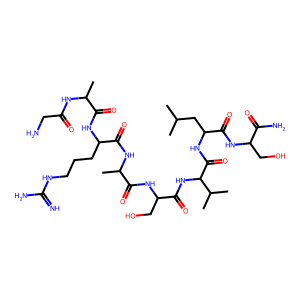
SMILES: CC(C)CC(NC(=O)C(NC(=O)C(CO)NC(=O)C(C)NC(=O)C(CCCNC(=N)N)NC(=O)C(C)NC(=O)CN)C(C)C)C(=O)NC(CO)C(N)=O
Inhibits HIV replication: No